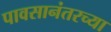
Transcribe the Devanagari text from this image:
पावसानंतरच्या